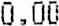
0.00